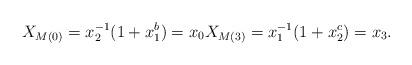
LaTeX: \begin{align*}X_{M(0)} = x_2^{-1}(1 + x_1^b) = x_0 X_{M(3)} = x_1^{-1}(1 + x_2^c) = x_3.\end{align*}